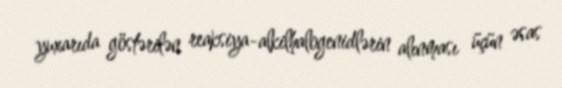
yuxarıda göstərilən reaksiya-alkilhalogenidlərin alınması üçün əsas